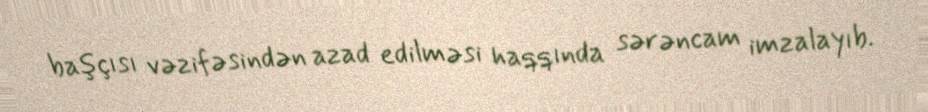
başçısı vəzifəsindən azad edilməsi haqqında sərəncam imzalayıb.